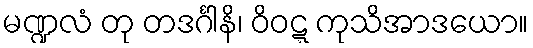
မဏ္ဍလံ တု တဒင်္ဂါနိ၊ ဝိဝဋ္ဋ ကုသိအာဒယော။